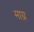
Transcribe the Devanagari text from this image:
माग्र